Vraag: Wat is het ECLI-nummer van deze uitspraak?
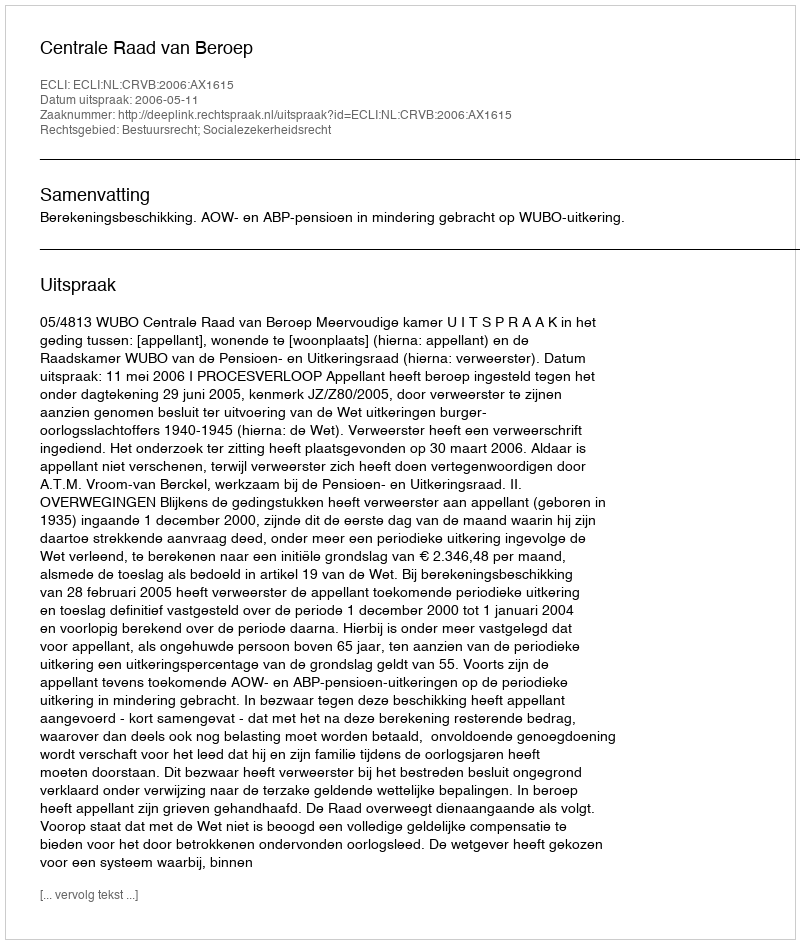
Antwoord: ECLI:NL:CRVB:2006:AX1615